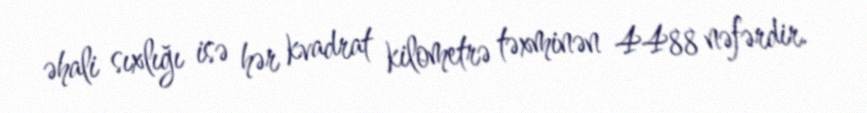
əhali sıxlığı isə hər kvadrat kilometrə təxminən 4488 nəfərdir.